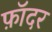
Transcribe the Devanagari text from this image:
फ़ॉदर